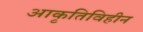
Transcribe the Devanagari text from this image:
आकृतिविहीन